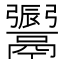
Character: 𩱜